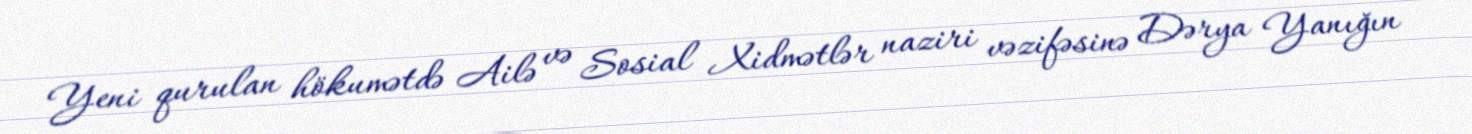
Yeni qurulan hökumətdə Ailə və Sosial Xidmətlər naziri vəzifəsinə Dərya Yanığın